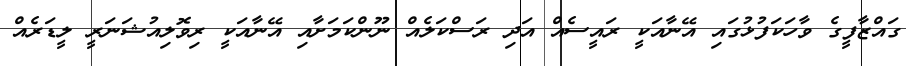
ގައްޒާފީގެ ވާހަކަފުޅުގައި އޭނާއަކީ ރައީސެއް އަދި ރަސްކަލެއް ނޫންކަމަށާއި އޭނާއަކީ ރިވޮލިއުޝަނަރީ ލީޑަރެއް